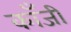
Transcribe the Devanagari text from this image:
काँजी